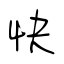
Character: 快